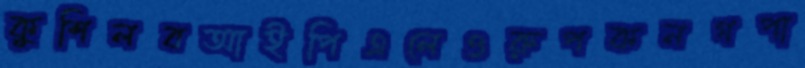
কুশিলবআইপিএলেওরুপকনগপা